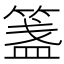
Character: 𥱔